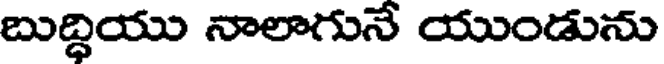
బుద్ధియు నాలాగునే యుండును